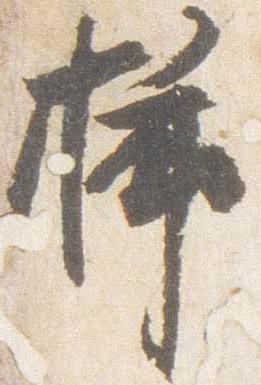
挿